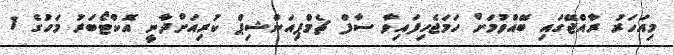
މިއަހަރު ރާއްޖޭގައި ބޭއްވުމަށް ހަމަޖެހިފައިވާ ސާފް ޗެމްޕިއަންޝިޕް ކުރިއަށްދާނީ އޮކްޓޯބަރު މަހުގެ 1